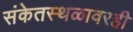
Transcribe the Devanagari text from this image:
संकेतस्थळावरही